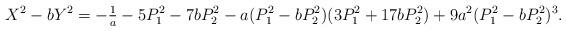
LaTeX: \begin{align*}X^2-bY^2=-\tfrac{1}{a}-5P_1^2-7bP_2^2-a(P_1^2-bP_2^2)(3P_1^2+17bP_2^2)+9a^2(P_1^2-bP_2^2)^3.\end{align*}